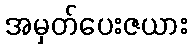
အမှတ်ပေးဇယား